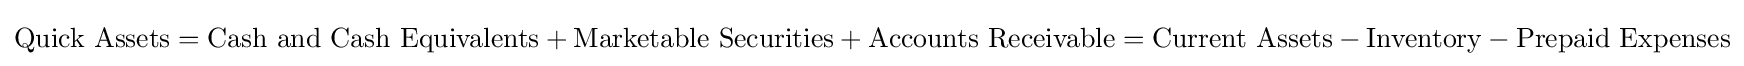
{\text{Quick Assets}}={\text{Cash and Cash Equivalents}}+{\text{Marketable Securities}}+{\text{Accounts Receivable}}={\text{Current Assets}}-{\text{Inventory}}-{\text{Prepaid Expenses}}